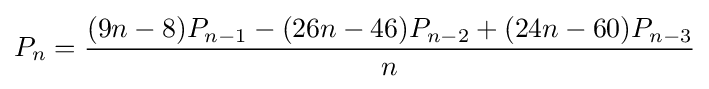
P_{n}={\frac {(9n-8)P_{n-1}-(26n-46)P_{n-2}+(24n-60)P_{n-3}}{n}}